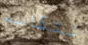
نتقاسم